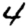
Digit: 4